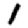
Digit: 1